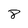
Character: 8